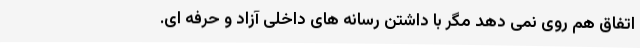
اتفاق هم روی نمی دهد مگر با داشتن رسانه های داخلی آزاد و حرفه ای.